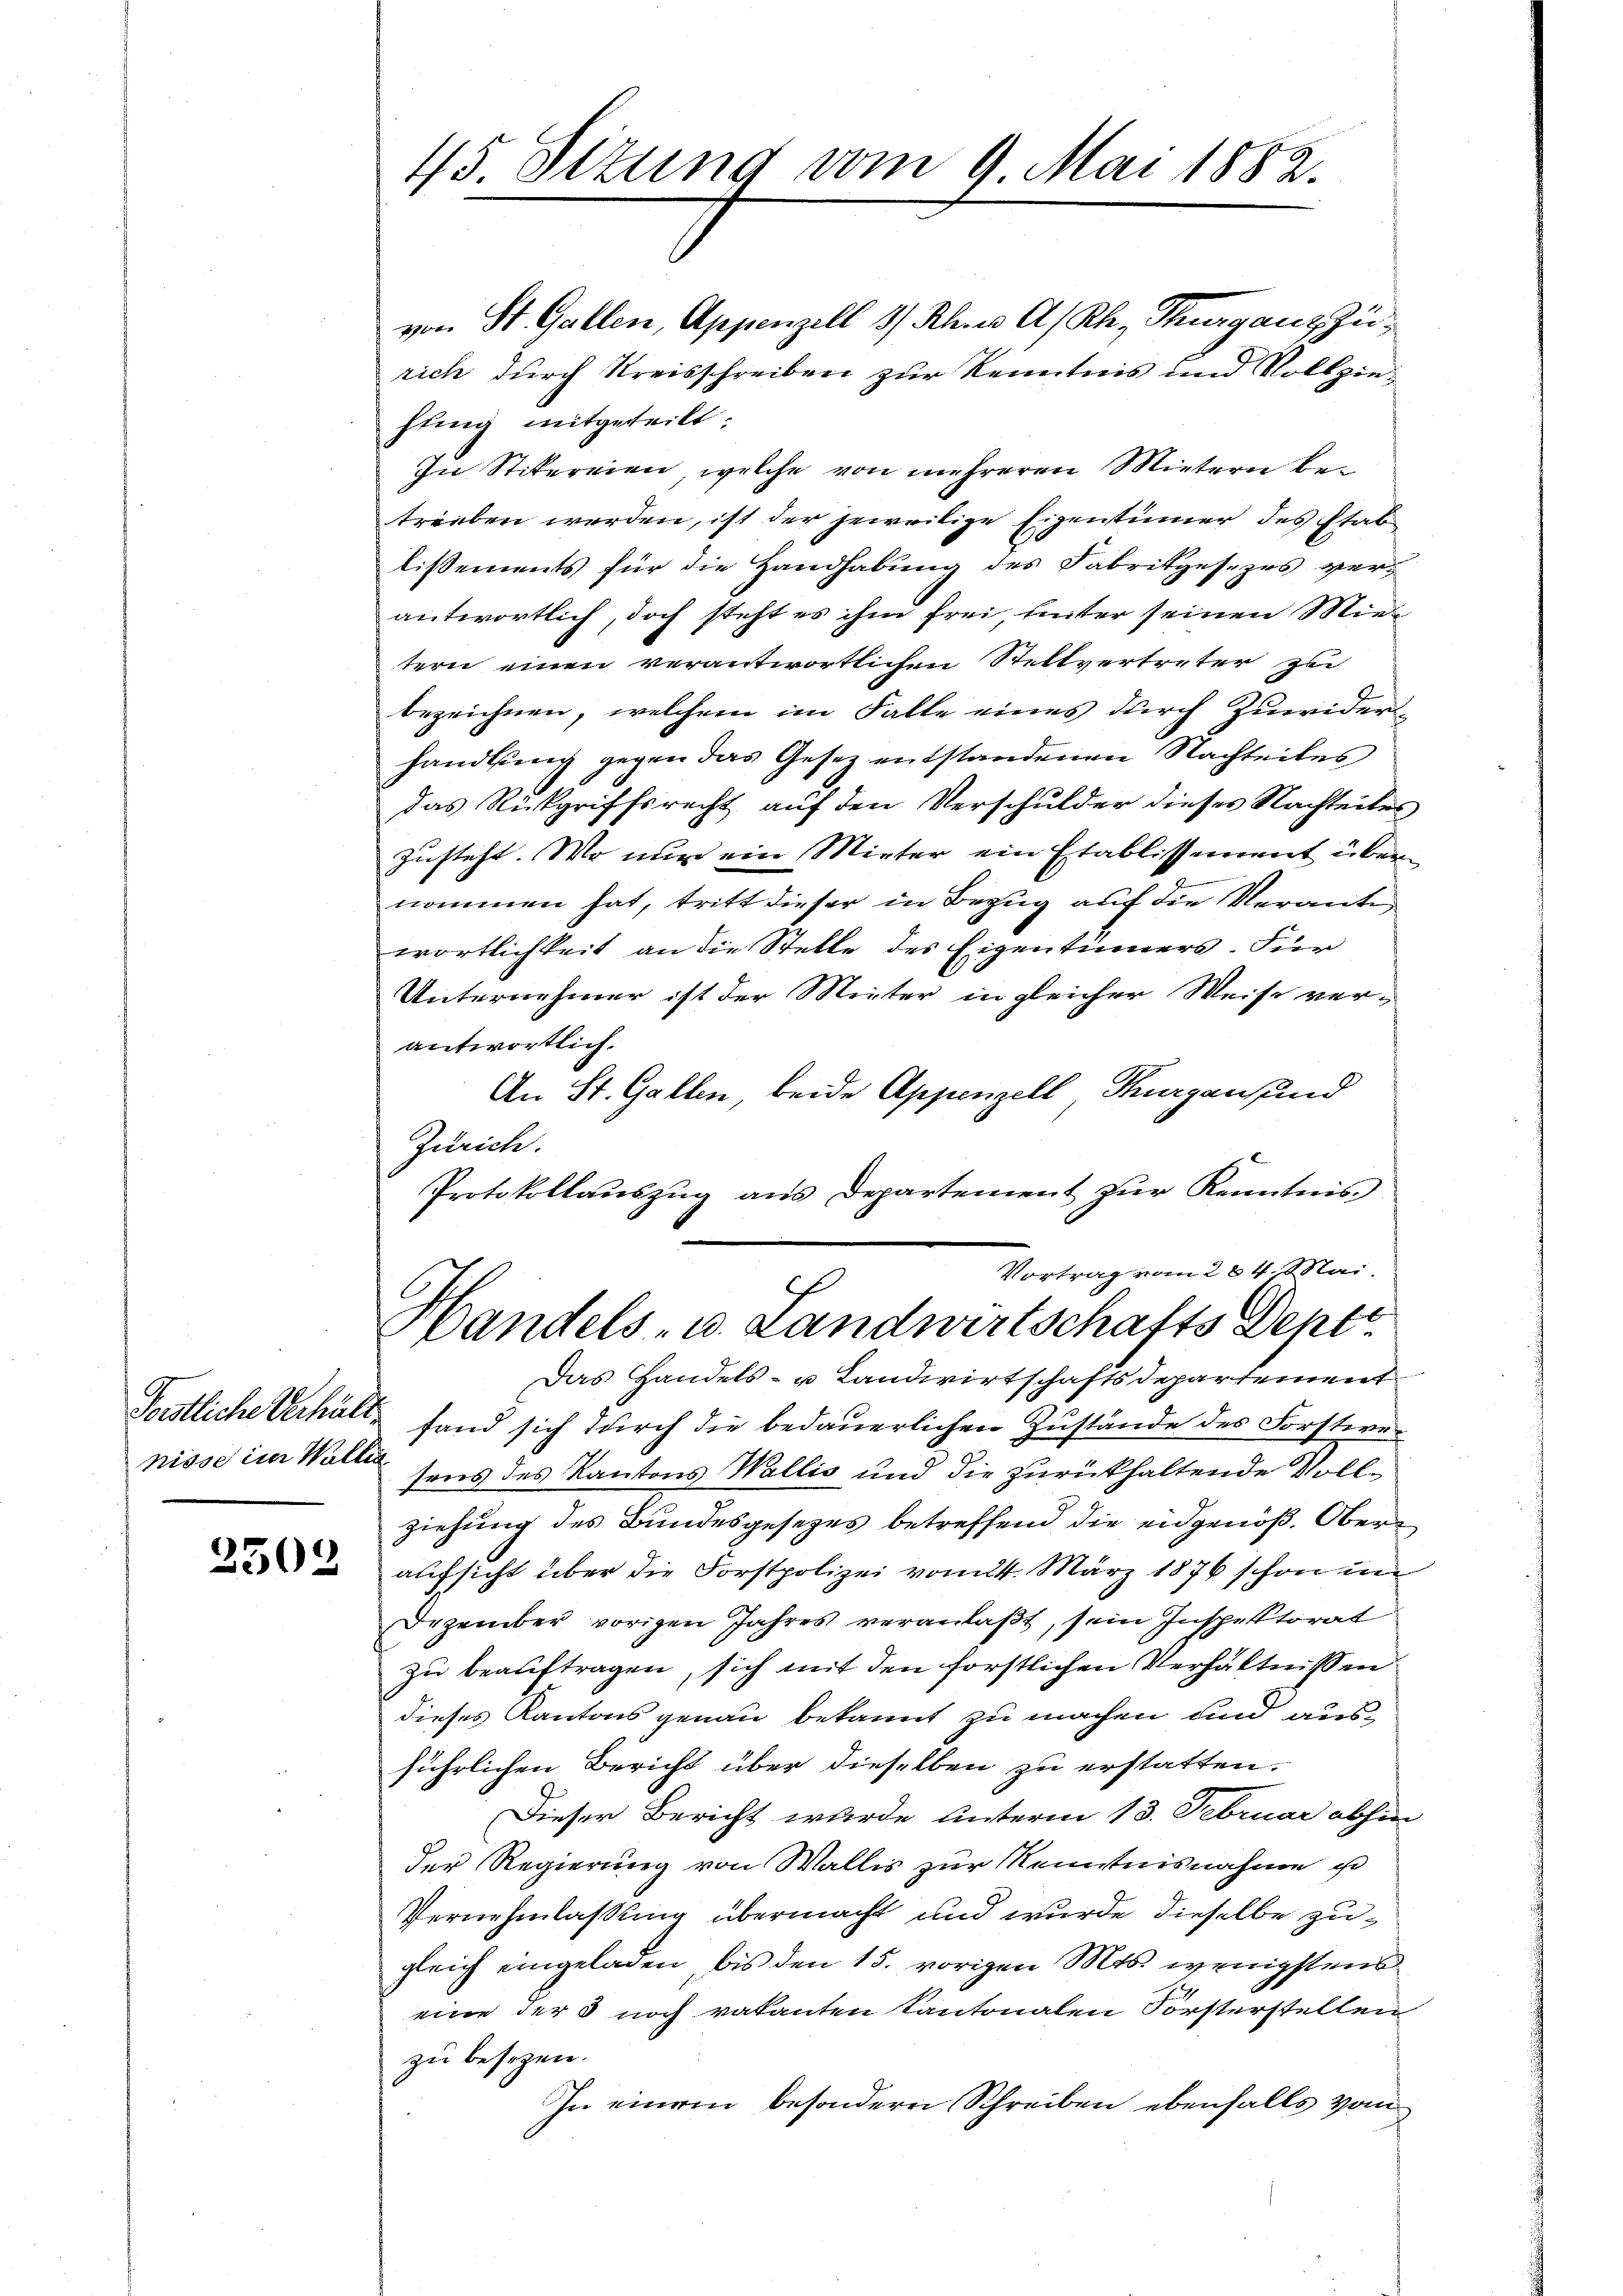
Festliche Verhält.
nisse im Wallia

2502

45. Sttung vom 9. Mai 1882.

von St. Gallen, Appenzell 1/ Rhus A/Rh., Thurganz zurich durch Kreisschreiben zur Kenntnis und Vollziefling mitgeteilt.
In Stitereien, welche von mehreren Mietern betreiben werden, ist der jeweilige Eigentümer des Etablissements für die Handhabung des Fabrikgesezes verantwortlich, doch steht es ihm frei, hinter seinen Mie
tern einen verantwortlichen Stellvertreter zu
bezeichnen, welchem im Falle eines durch Zuwiderhandlung gegen das Gesetz entstandenen Nachteiles
das Rückgriffsrecht auf den Verschulder dieses Nachteiles
zusteht. Wo nur ein Mieter ein Etablissement übere
nommen hat, tritt dieser in Bezug auf die Veranter
wortlichkeit an die Stelle des Eigentümers. Für
Unternehmer ist der Mieter in gleicher Weise verantwortlich.
An St. Gallen, beide Appenzell Thurgans und
Zürich.
Protokollauszug aus Departement zur Kenntnis
Vortrag vom 284. Mai
h
Handels- u. Landwirtschafts Dept.
Das Handels- u Landwirtschaftsdepartement
fand sich durch die bedauerlichen Zustände des Forstwetens des Kantons Wallis und die zurückhaltende Vollziehung des Bundesgesezes betreffend die eidgenöß. Oberaufsicht über die Forstpolizei vom 24. März 1876 schon un
Dezember vorigen Jahres veranlaßt, sein Inspektorat
zu beauftragen, sich mit den forstlichen Verhältnissen
dieses Kantons genau bekannt zu machen und ausführlichen Bericht über dieselben zu erstatten.
Dieser Bericht wurde unterm 13. Februar abhin
der Regierung von Wallis zur Kenntnisnahme i
Vernehmlaßung übermacht und wurde dieselbe zugleich eingeladen, bis den 15. vorigen Mts. wenigstens
eine der 3 noch vakanten Kantonalen Forsterstellen
zu besezen.
In einem besondern Schreiben ebenfalls vom